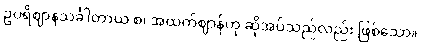
ဥပရိဈာနသင်္ခါတာယ စ၊ အထက်ဈာန်ဟု ဆိုအပ်သည်လည်း ဖြစ်သော။